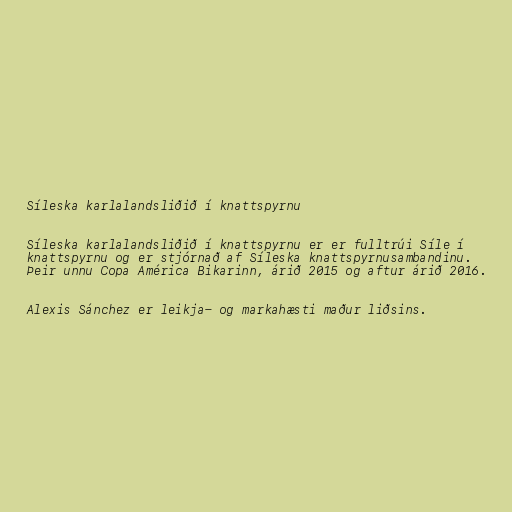
Síleska karlalandsliðið í knattspyrnu

Síleska karlalandsliðið í knattspyrnu er er fulltrúi Síle í
knattspyrnu og er stjórnað af Síleska knattspyrnusambandinu.
Þeir unnu Copa América Bikarinn, árið 2015 og aftur árið 2016.

Alexis Sánchez er leikja- og markahæsti maður liðsins.